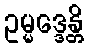
ဥမ္မဒ္ဒေန္တိ